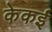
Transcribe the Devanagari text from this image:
केकई